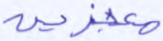
معجزين